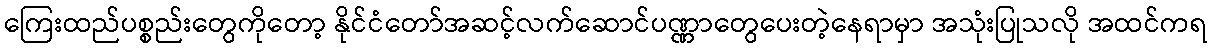
ကြေးထည်ပစ္စည်းတွေကိုတော့ နိုင်ငံတော်အဆင့်လက်ဆောင်ပဏ္ဏာတွေပေးတဲ့နေရာမှာ အသုံးပြုသလို အထင်ကရ